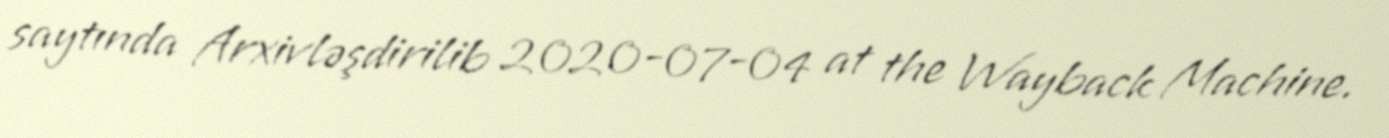
saytında Arxivləşdirilib 2020-07-04 at the Wayback Machine.